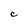
Character: C